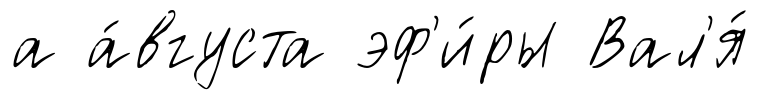
а а́вгуста эф'и́ры Вал'я́